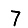
Digit: 7